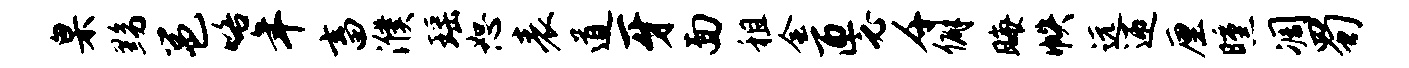
臬黝邕咯年畜濮瑶恕表道牙面租会匝必千僻晦帙远迎厘曛凋蜀